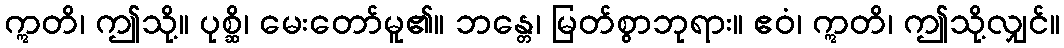
ဣတိ၊ ဤသို့။ ပုစ္ဆိ၊ မေးတော်မူ၏။ ဘန္တေ၊ မြတ်စွာဘုရား။ ဧဝံ၊ ဣတိ၊ ဤသို့လျှင်။